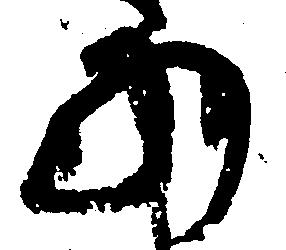
の